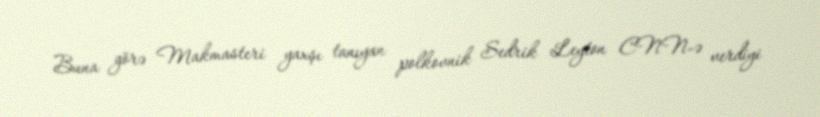
Buna görə Makmasteri yaxşı tanıyan polkovnik Sedrik Leyton CNN-ə verdiyi